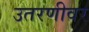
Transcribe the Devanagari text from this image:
उतरणीवर